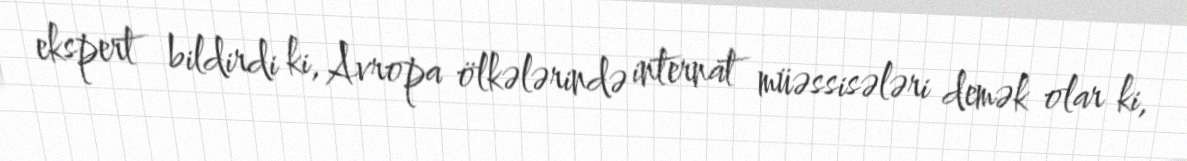
ekspert bildirdi ki, Avropa ölkələrində internat müəssisələri demək olar ki,